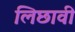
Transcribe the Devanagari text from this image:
लिछावी